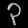
Digit: ၃